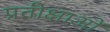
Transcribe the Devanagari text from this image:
प्रतीक्षाओं